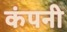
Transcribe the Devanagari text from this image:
कंपनी